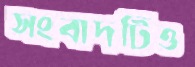
সংবাদটিও